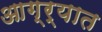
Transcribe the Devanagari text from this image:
आग्र्यात